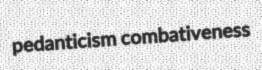
pedanticism combativeness